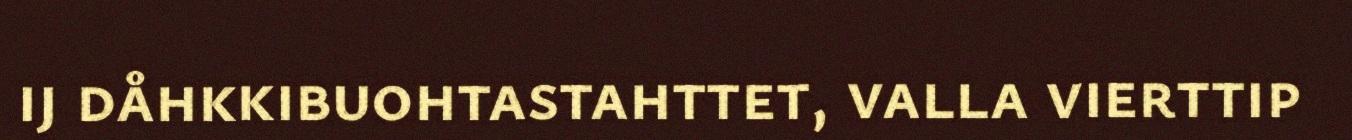
ij dåhkkibuohtastahttet, valla vierttip